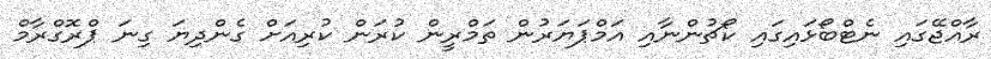
ރާއްޖޭގައި ނެޓްބޯޅައިގައި ކޯޗުންނާއި އަމްޕަޔަރުން ތަމްރީން ކުރަން ކުރިއަށް ގެންދިޔަ ގިނަ ޕްރޮގްރާމް